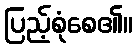
ပြည့်စုံစေ၏။